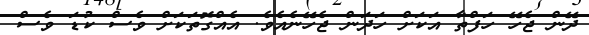
ދޭން ޖެހޭ ހަފްތާ އަކަށް ހަދަން ޖެހޭނެއެވެ. އެއްގޮތަކަށް ވެސް ކުޑަ ވެސް